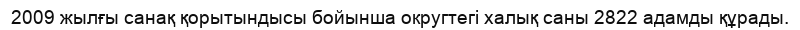
2009 жылғы санақ қорытындысы бойынша округтегі халық саны 2822 адамды құрады.